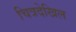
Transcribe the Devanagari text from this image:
चित्रदेखिल